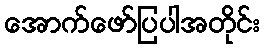
အောက်ဖော်ပြပါအတိုင်း